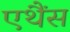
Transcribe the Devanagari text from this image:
एथैंस